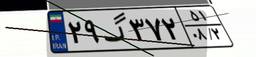
۱۳گ۱۴۷۴۷